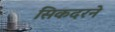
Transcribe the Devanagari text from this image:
सिकदरने